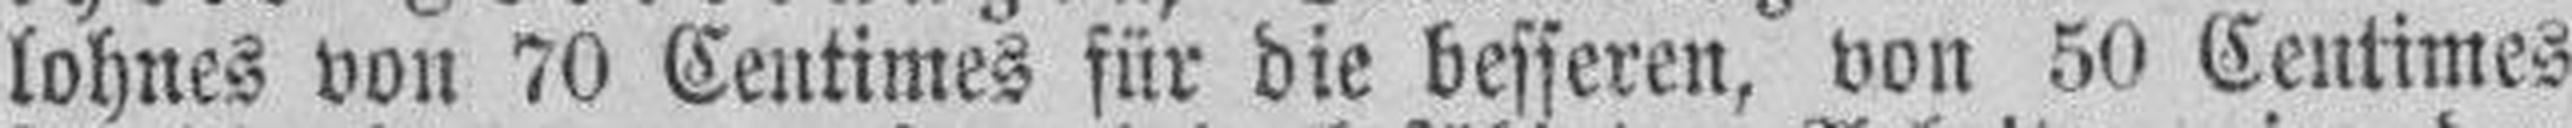
lohnes von 70 Centimes für die besseren, von 50 Centimes